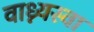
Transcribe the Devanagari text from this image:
वाध्न्यस्वा